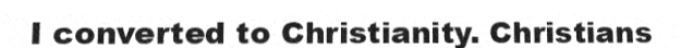
I converted to Christianity. Christians